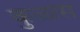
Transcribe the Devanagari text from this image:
कुळास